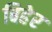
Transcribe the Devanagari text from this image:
बिहेर